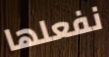
نفعلها